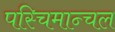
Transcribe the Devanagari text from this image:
पस्चिमान्चल